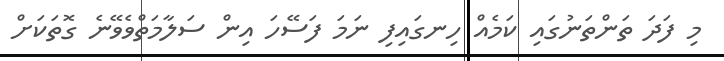
މި ފަދަ ތަންތަނުގައި ކަމެއް ހިނގައިފި ނަމަ ފަސޭހަ އިން ސަލާމަތްވެވޭނެ ގޮތަކަށް